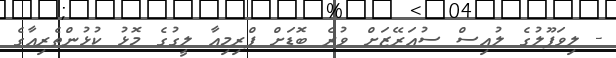
- ލިވަޕޫލުގެ ލުއިސް ސުއަރޭޒަށް ވުރެ ބޮޑަށް ޕްރިމިއާ ލީގުގެ މޮޅު ކުޅުންތެރިއާގެ